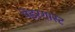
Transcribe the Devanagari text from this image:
पेंडरगास्ट